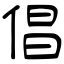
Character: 倡